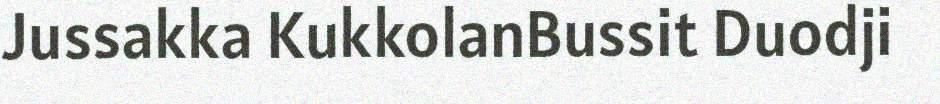
Jussakka KukkolanBussit Duodji